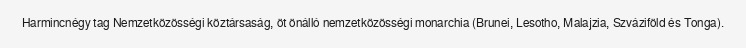
Harmincnégy tag Nemzetközösségi köztársaság, öt önálló nemzetközösségi monarchia (Brunei, Lesotho, Malajzia, Szváziföld és Tonga).